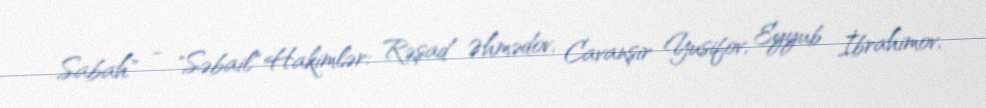
Sabah" - "Səbail" Hakimlər: Rəşad Əhmədov, Cavanşir Yusifov, Eyyub İbrahimov,